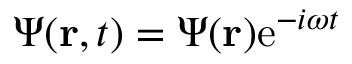
{ \Psi } ( { \bf r } , t ) = { \Psi } ( { \bf r } ) \mathrm { e } ^ { - i \omega t }